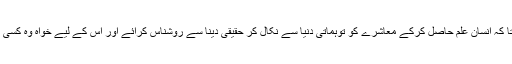
اسی لیے تعلیم کو ہر انسان کا بنیادی حق قراردیاگیا ہے تا کہ انسان علم حاصل کرکے معاشرے کو توہماتی دنیا سے نکال کر حقیقی دینا سے روشناس کرائے اور اس کے لیے خواہ وہ کسی بھی طبقہ سے تعلق رکھتا ہو، اس کا حصول لازمی ہے۔